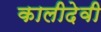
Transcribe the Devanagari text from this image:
कालीदेवी